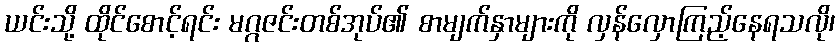
ယင်းသို့ ထိုင်စောင့်ရင်း မဂ္ဂဇင်းတစ်အုပ်၏ စာမျက်နှာများကို လှန်လှောကြည့်နေရသလို၊